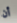
أن